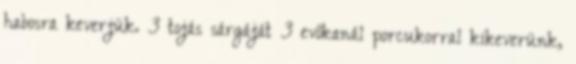
habosra keverjük. 3 tojás sárgáját 3 evőkanál porcukorral kikeverünk,